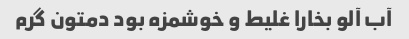
آب آلو بخارا غلیط و خوشمزه بود دمتون گرم